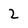
Character: 2